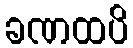
ခဏထပိ